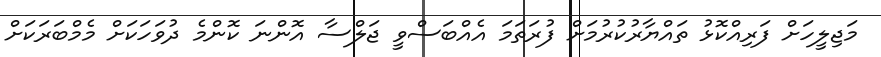
މަޖިލީހަށް ފަރިއްކޮޅު ތައްޔާރުކުރުމަށް ފުރަތަމަ އެއްބަސްވީ ޖަލްސާ އޮންނަ ކޮންމެ ދުވަހަކަށް މެމްބަރަކަށް